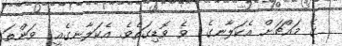
ގެ މައްޗަށް އެކަލާނގެ  ވެ ވޮޑިގަތެވެ. އެކަލާނގެއީ  ވަންތަ